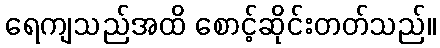
ရေကျသည်အထိ စောင့်ဆိုင်းတတ်သည်။